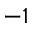
^ { - 1 }